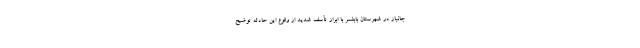
جانباز در شهرستان بابلسر با ابراز تأسف شدید از وقوع این حادثه توضیح